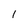
Character: 1